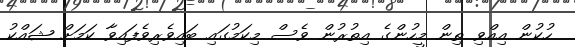
ހުކުން އިއްވި ތިން މީހުންގެ އިތުރުން ވެސް މިކަމުގައި ބައިވެރިވެފައިވާ ކަމަށް ޝައްކު